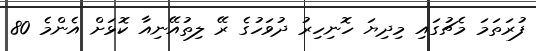
ފުރަތަމަ މެޗުގައި މިދިޔަ ހޮނިހިރު ދުވަހުގެ ރޭ ލިތުއޭނިއާ ކޮޅަށް އެންމެ 80